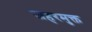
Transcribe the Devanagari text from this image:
जहरमुक्त